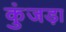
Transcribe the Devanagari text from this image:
कुंजड़ा